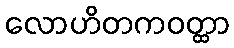
လောဟိတကဝတ္ထာ